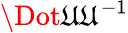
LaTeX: \Dot{\mathfrak{U}}\mathfrak{U}^{-1}